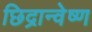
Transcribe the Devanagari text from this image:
छिद्रान्वेष्ण